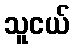
သူငယ်